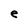
Character: e